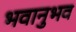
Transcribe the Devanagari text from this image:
भवानुभव